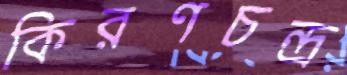
কিরণচন্দ্র